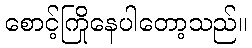
စောင့်ကြိုနေပါတော့သည်။